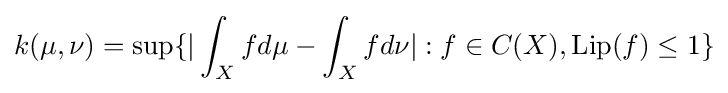
k(\mu ,\nu )=\sup\{|\int _{X}fd\mu -\int _{X}fd\nu |:f\in C(X),\mathrm {Lip} (f)\leq 1\}